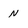
Character: N